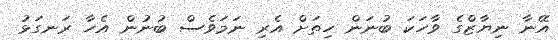
އޭނާ ނިޔާޒްގެ ވާހަކަ ބުނަން ހިތަށް އެރި ނަމަވެސް ބުނުން އެހާ ރަނގަޅު